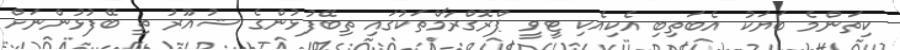
ކިތަންމެ ބަޔަކު އެބަތިބި އެކިއެކި ޓީވީ ޕްރޮގްރާމްތަކުގައި ތިބޭފުޅުންގެ ޝުއޫރު ތި ބޭފުޅުންނަށް